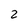
Character: 2